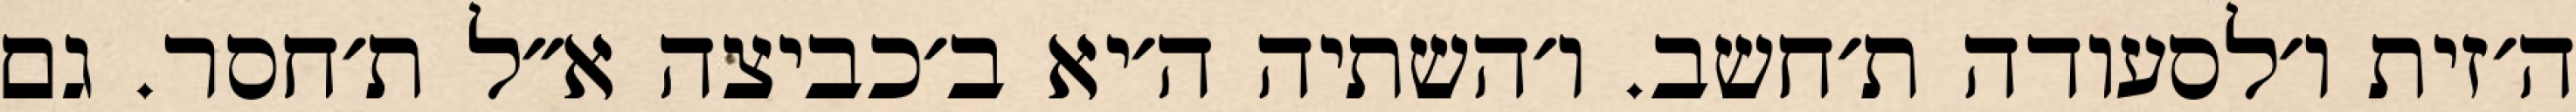
ה׳זית ו׳לסעודה ת׳חשב. ו׳השתיה ה׳יא ב׳כביצה א״ל ת׳חסר. גם